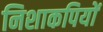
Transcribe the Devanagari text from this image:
निशाकपियों